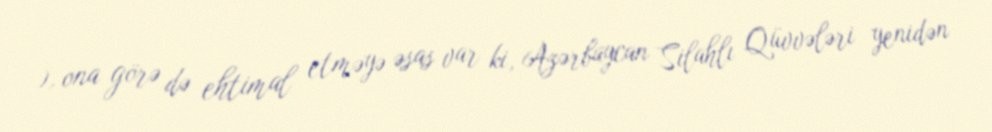
), ona görə də ehtimal etməyə əsas var ki, Azərbaycan Silahlı Qüvvələri yenidən